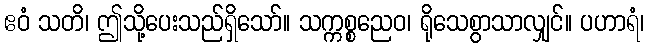
ဧဝံ သတိ၊ ဤသို့ပေးသည်ရှိသော်။ သက္ကစ္စညေဝ၊ ရိုသေစွာသာလျှင်။ ပဟာရံ၊